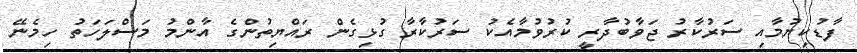
ފާޑުކިޔުމާއި ސަރުކާރު ޖަވާބުދާރީ ކުރުވުމާއެކު ސަރުކާރާ ގުޅިގެން ރައްޔިތުންގެ އާންމު މަސްލަހަތު ހިމެނޭ